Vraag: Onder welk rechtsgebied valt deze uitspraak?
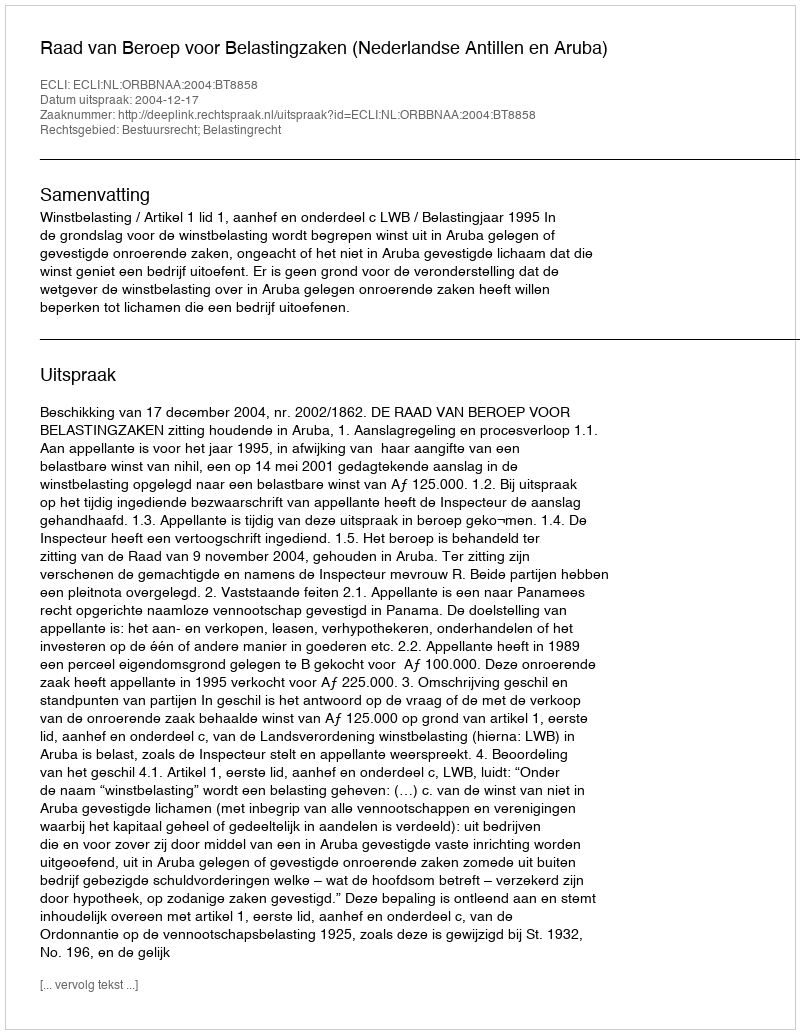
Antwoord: Bestuursrecht; Belastingrecht